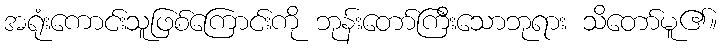
အရုံးကောင်းသူဖြစ်ကြောင်းကို ဘုန်းတော်ကြီးသောဘုရား သိတော်မူ၏။